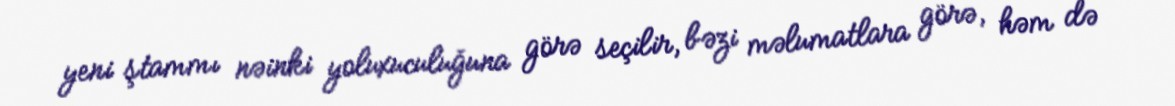
yeni ştammı nəinki yoluxuculuğuna görə seçilir, bəzi məlumatlara görə, həm də